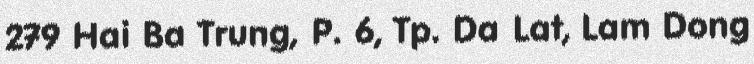
279 Hai Ba Trung, P. 6, Tp. Da Lat, Lam Dong